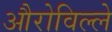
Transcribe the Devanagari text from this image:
औरोविल्ले